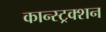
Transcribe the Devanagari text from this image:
कान्स्ट्रक्शन